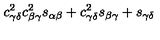
c _ { \gamma \delta } ^ { 2 } c _ { \beta \gamma } ^ { 2 } s _ { \alpha \beta } + c _ { \gamma \delta } ^ { 2 } s _ { \beta \gamma } + s _ { \gamma \delta }